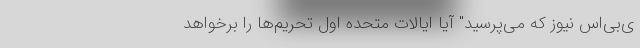
ی‌بی‌اس نیوز که می‌پرسید" آیا ایالات متحده اول تحریم‌ها را برخواهد